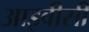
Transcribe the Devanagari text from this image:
आइवीसी